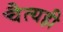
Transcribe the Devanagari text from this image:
चैत्यही